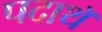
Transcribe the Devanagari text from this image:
पदाथॅ